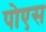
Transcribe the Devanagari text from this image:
पोएस